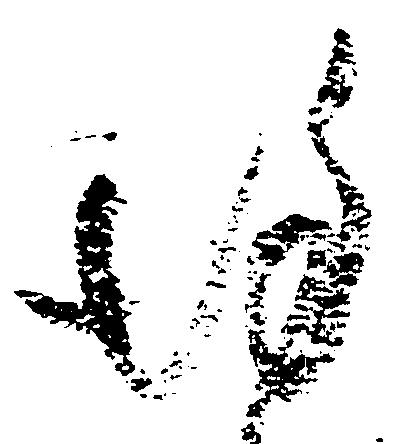
謹